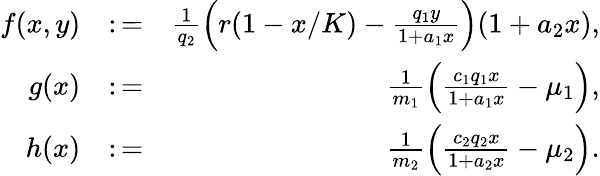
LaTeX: \begin{array}{rlr}{f(x,y)}&{\colon=}&{\frac{1}{q_{2}}\left(r(1-x/K)-\frac{q_{1}y}{1+a_{1}x}\right)(1+a_{2}x),}\\ {g(x)}&{\colon=}&{\frac{1}{m_{1}}\left(\frac{c_{1}q_{1}x}{1+a_{1}x}-\mu_{1}\right),}\\ {h(x)}&{\colon=}&{\frac{1}{m_{2}}\left(\frac{c_{2}q_{2}x}{1+a_{2}x}-\mu_{2}\right).}\end{array}